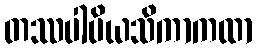
တဿပါပိယသိကာကထာ